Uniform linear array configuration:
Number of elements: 24
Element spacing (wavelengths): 0.5
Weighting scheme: exponential
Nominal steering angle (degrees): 45
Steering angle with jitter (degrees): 46.897
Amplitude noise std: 0.05
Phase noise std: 0.05

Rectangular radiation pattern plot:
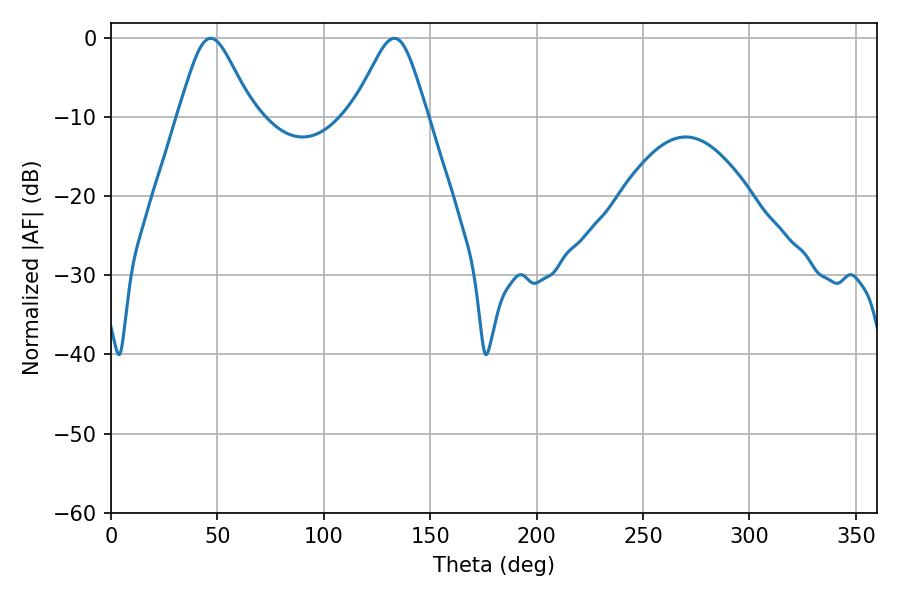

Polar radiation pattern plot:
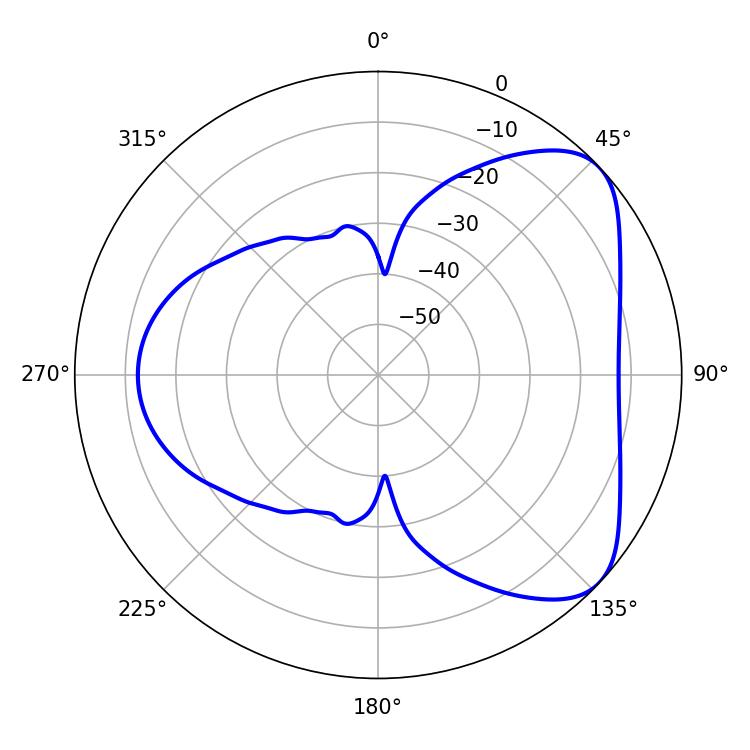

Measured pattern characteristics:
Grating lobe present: FALSE
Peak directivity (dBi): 5.807
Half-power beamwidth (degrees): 17.1
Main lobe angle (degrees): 46.8